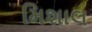
મિશાલ